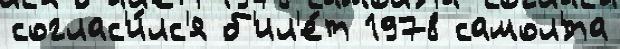
соглас'и́лс'я б'ил'е́т 1978 самол'́та